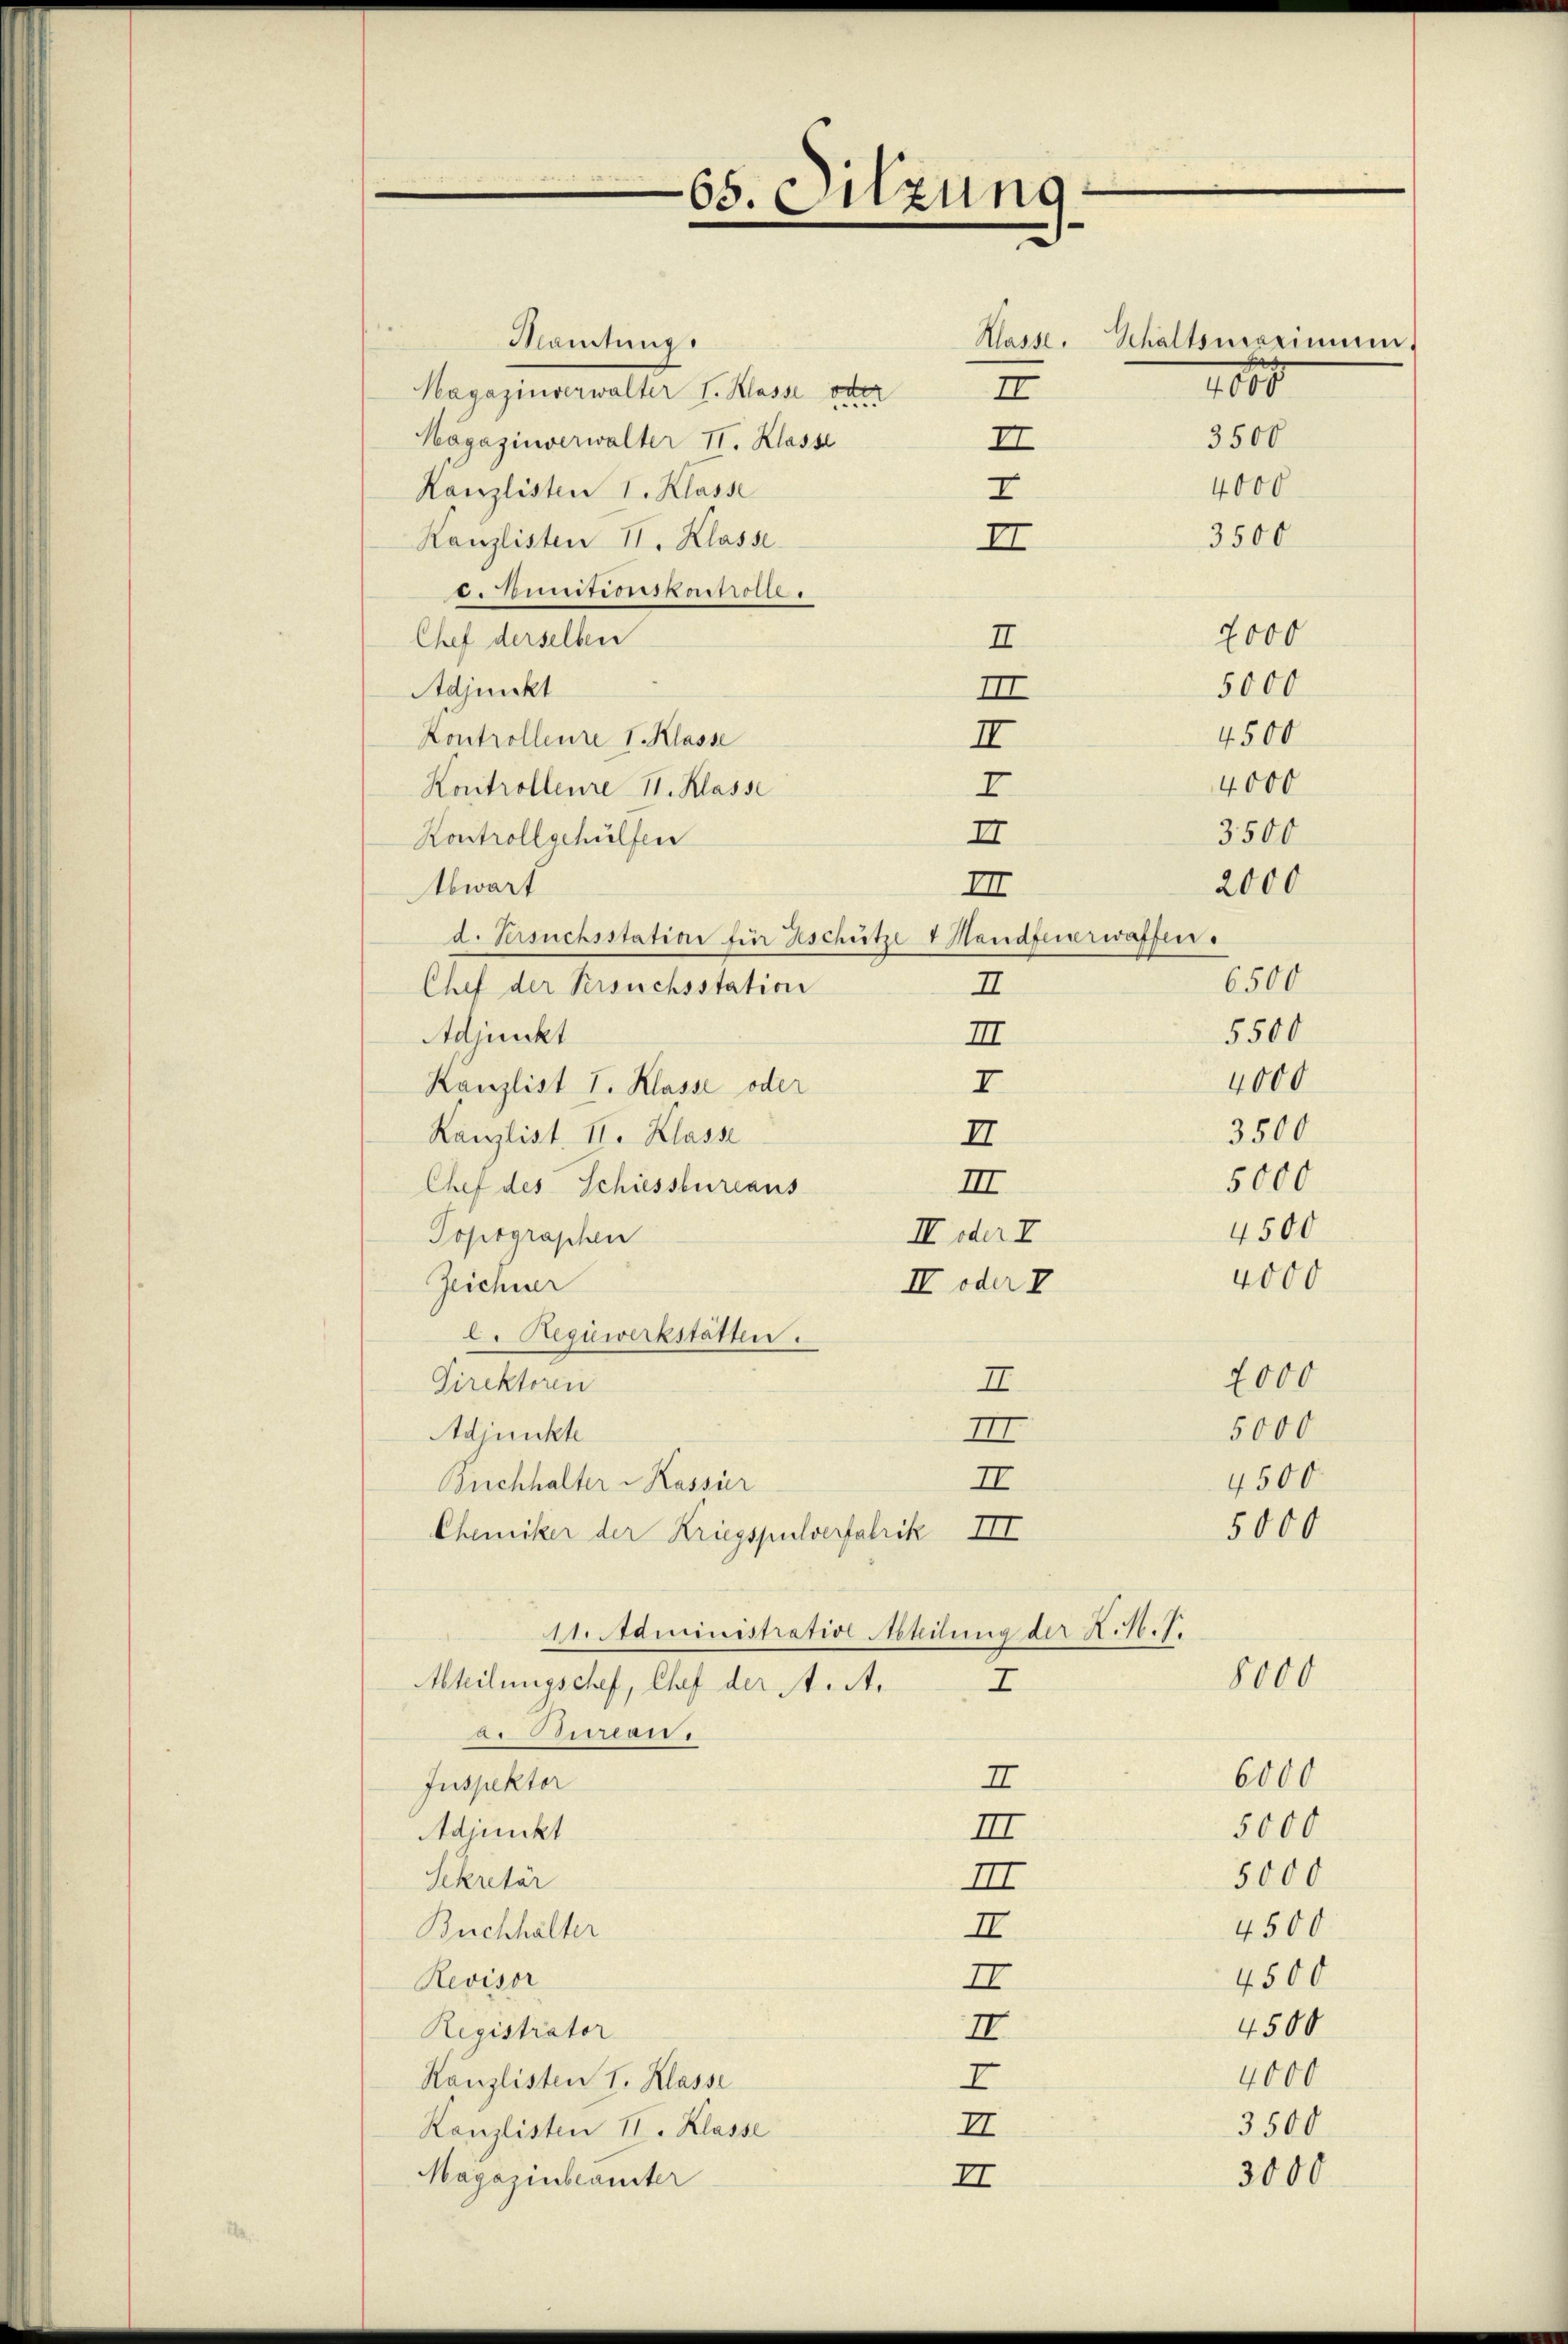
Mamtung.
Hagazinverwalter I. Klasse oder
Högazinverwalter II. Klasse
II
Kanzlisten I. Klasse
I
II
Kanzlisten II. Klasse
c. Munitionskontrolle.
Chef derselben
Adjunkt
Kontrolleure V. Klasse
Kontrolleure 11. Klasse
Kontrollgehülfen
Abwart
d. Versuchsstation für Geschütze 1 Handfenerwaffen.
Chef der Versuchsstation
Adjunkt
Kanzlist I. Klasse oder
Kanzlist. II. Klasse
II
Chef des Schiessbureaus
II oder I
Topographen
Zeichner
I oder V
l. Regiwerkstätten.
II.
Direktoren
Adjunkte
II
II
Buchhalter - Kassir
Chemiker der Kriegspulverfabrik III
11. Administrative Abhilung der K. N. J.
Abteilungschef, Chef der A. A.
7
a. Doman
I
Inspektor
Adjunkt
III
Sekretär
III
Buchhalter
II
Revisor
II
Registrator
II
Kanzlisten I. Klasse
I
II
Kanzlisten II. Klasse
Magazinbeamter
II

65. Sitzung

Klasse,
II

II

II

2000
II.
5000
III
4500
II
4000
I
3500
2000
6500
II
5500
III
4000
I
3500
5000
III
4500
4000

Schaltsmaximum.
1000
3500
4000
3500

2000
5000
4500
5000

8000

6000
5000
5000
4500
4500
4500
4000
3500

3000